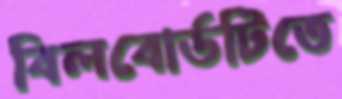
বিলবোর্ডটিতে